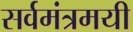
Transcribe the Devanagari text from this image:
सर्वमंत्रमयी